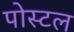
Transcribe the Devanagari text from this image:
पोस्‍टल